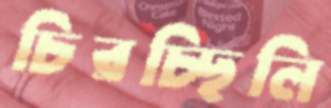
চিরচ্ছিলি